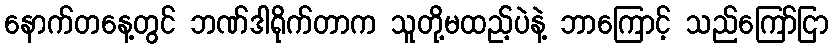
နောက်တနေ့တွင် ဘဏ်ဒါရိုက်တာက သူတို့မထည့်ပဲနဲ့ ဘာကြောင့် သည်ကြော်ငြာ